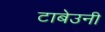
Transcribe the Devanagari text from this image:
टाबेउनी